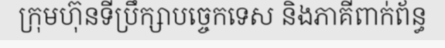
ក្រុមហ៊ុនទីប្រឹក្សាបច្ចេកទេស និងភាគីពាក់ព័ន្ធ